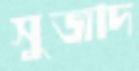
সুজাদ